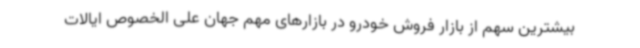
بیشترین سهم از بازار فروش خودرو در بازارهای مهم جهان علی الخصوص ایالات